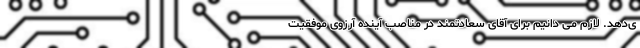
ی‌دهد. لازم می دانیم برای آقای سعادتمند در مناصب آینده آرزوی موفقیت